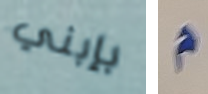
بإبني م